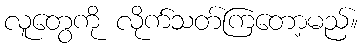
လူတွေကို လိုက်သတ်ကြတော့မည်။